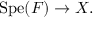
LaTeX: \mathrm { S p e } ( F ) \to X .